[Report on the health of British troops in the Madras command]
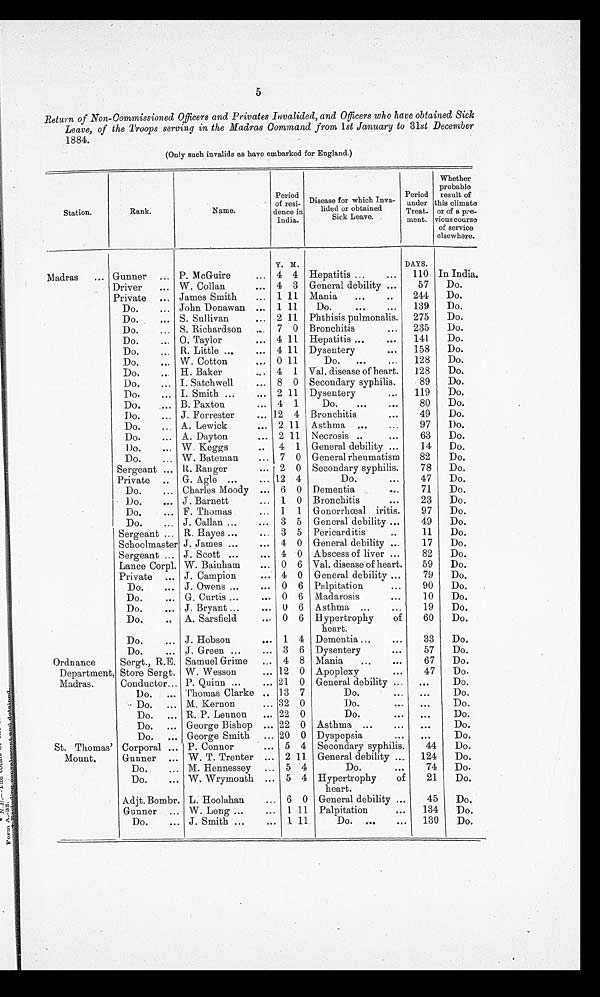
5
Return of Non-Commissioned Officers and Privates Invalided, and Officers who have obtained Sick
Leave, of the Troops serving in the Madras Command from 1st January to 31st December
1884.
(Only such invalids as have embarked for England.)
Station.
Rank.
Name.
Period
of resi-
dence in
India.
Disease for which Inva-
lided or obtained
Sick Leave.
Period
under this
Treat.
ment.
Whether
probable
result of
climate
or of a pre-
vious course
of service
elsewhere.
Madras
...
Y. M.
DAYS.
Gunner ... P. McGuire
... 4 4 Hepatitis ...
...
110 In India.
Driver
... W. Collan
. . . 4 3 General debility ...
57
Do.
Private ... James Smith
... 1 11 Mania
...
. .
244
Do.
Do.
... John Donawan ... 1 11
Do.
...
...
139
Do.
Do.
... S. Sullivan
... 2 11 Phthisis pulmonalis.
275
Do.
Do.
... S. Richardson
... 7 0 Bronchitis
•••
235
Do.
Do.
O. Taylor
. . . 4 11 Hepatitis ...
. . .
141
Do.
Do.
... R. Little ...
... 4 11 Dysentery
...
158
Do.
Do.
... W . Cotton
... 0 11
Do.
...
...
128
Do.
Do.
... H. Baker
... 4 1 Val. disease of heart.
128
Do.
Do.
... I. Satchwell
. . . 8 0 Secondary syphilis.
89
Do.
Do.
... I. Smith ...
... 2 11 Dysentery
...
119
Do.
Do.
... B. Paxton
... 4 1
Do.
...
. . .
80
Do.
Do.
... J. Forrester
. . . 12 4 Bronchitis
. . .
49
Do.
Do.
... A. Lewick
... 2 11 Asthma ...
...
97
Do.
Do.
... A. Dayton
... 2 11 Necrosis ..
. . .
63
Do.
Do.
. . . W. Keggs
...
4 1 General debility ...
14
Do.
Do.
W. Bateman
... 7 0 General rheumatism
82
Do.
Sergeant ... R. Ranger
... 2 0 Secondary syphilis.
78
Do.
Private ... G. Agle ...
... 12 4
Do.
. . .
47
Do.
Do.
... Charles Moody ... 6 0 Dementia
...
71
Do.
Do.
... J. Barnett
... 1 0 Bronchitis
. . .
23
Do.
Do.
... F. Thomas
... 1 1 Gonorrhœal iritis.
97
Do.
Do.
... J. Callan ...
... 3 5 General debility ...
49
Do.
Sergeant ... R. Hayes ...
3 5 Pericarditis
11
Do.
Schoolmaster J . James ...
... 4 0 General debility ...
17
Do.
Sergeant ... J. Scott ...
... 4 0 Abscess of liver ...
82
Do.
Lance Corpl. W. Bainham
... 0 6 Val. disease of heart.
59
Do.
Private ... J. Campion
... 4 0 General debility ...
79
Do.
Do.
... J. Owens ...
... 0 6 Palpitation
...
90
Do.
Do.
... G. Curtis ...
... 0 6 Madarosis
...
10
Do.
Do.
... J. Bryant ...
... 0 6 Asthma ...
...
19
Do.
Do.
.. A. Sarsfield
... 0 6 Hypertrophy
of
heart.
60
Do.
Do.
... J. Hobson
... 1 4 Dementia ...
...
33
Do.
Do.
... J. Green ...
... 3 6 Dysentery
. . .
57
Do.
Ordnance
Department,
Madras.
Sergt., R.E. Samuel Grime
... 4 8 Mania
...
. . .
67
Do.
Store Sergt. W. Wesson
... 12 0 Apoplexy
. . .
47
Do.
Conductor... P. Quinn ...
... 21 0 General debility ...
...
Do.
Do.
... Thomas Clarke ... 13 7
Do.
. . .
. . .
Do.
Do.
... M. Kernon
... 32 0
Do.
. . .
. . .
Do.
Do.
... R. P. Lennon
... 22 0
Do.
. . .
...
Do.
Do. ... George Bishop ... 22 0 Asthma ...
. . .
. . .
Do.
Do.
... George Smith ... 20 0 Dyspepsia
...
...
Do.
St. Thomas'
Mount.
Corporal ... P. Connor
... 5 4 Secondary syphilis.
44
Do.
Gunner ... W. T. Trenter ... 2 11 General debility ...
124
Do.
Do.
M. Hennessey ... 5 4
Do.
. . .
74
Do.
Do.
... W. Wrymonth ... 5 4 Hypertrophy
of
heart.
21
Do.
Adjt. Bombr. L. Hoolahan
... 6 0 General debility ...
45
Do.
Gunner ... W. Long ...
... 1 11 Palpitation
...
134
Do.
Do.
... J. Smith ...
... 1 11
Do.
...
...
130
Do.